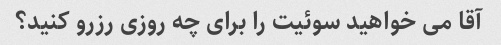
آقا می خواهید سوئیت را برای چه روزی رزرو کنید؟